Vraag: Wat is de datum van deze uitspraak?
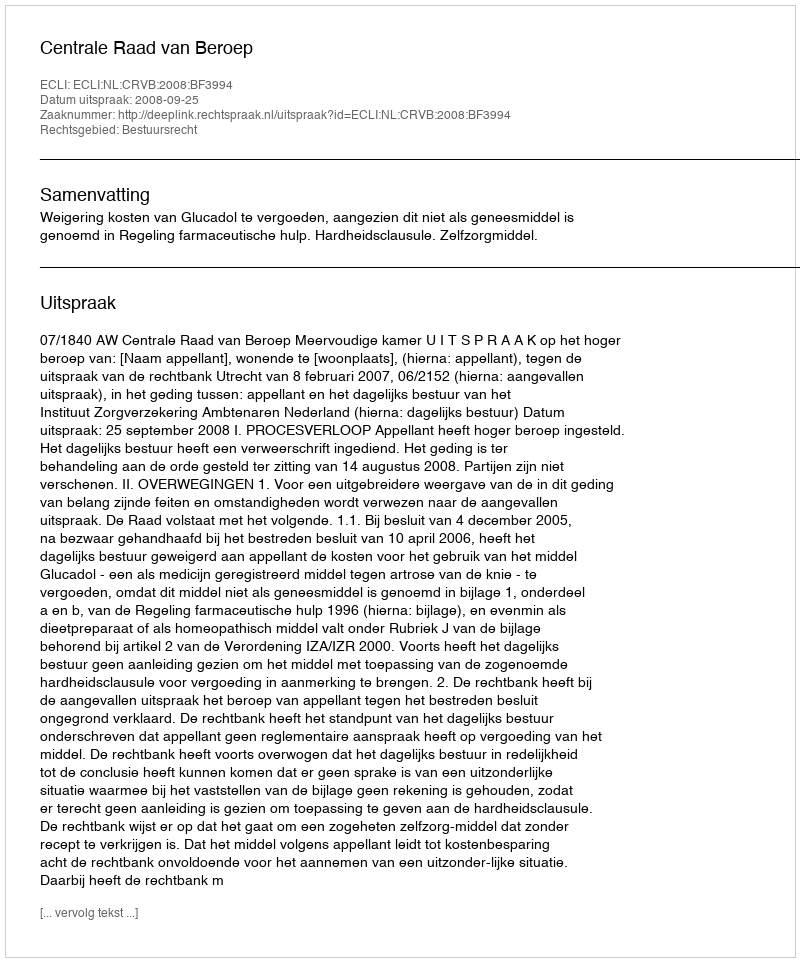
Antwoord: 2008-09-25